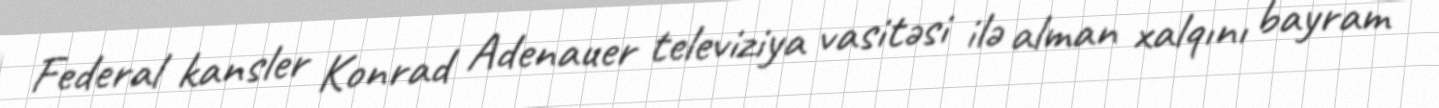
Federal kansler Konrad Adenauer televiziya vasitəsi ilə alman xalqını bayram